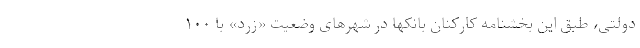
دولتی، طبق این بخشنامه کارکنان بانکها در شهرهای وضعیت «زرد» با ۱۰۰